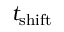
t _ { \mathrm { s h i f t } }